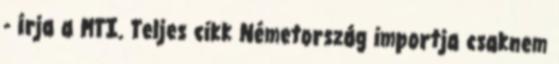
- írja a MTI. Teljes cikk Németország importja csaknem